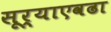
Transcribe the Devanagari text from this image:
सूर्याएवढा